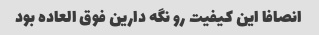
انصافا این کیفیت رو نگه دارین فوق العاده بود